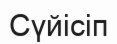
Сүйісіп